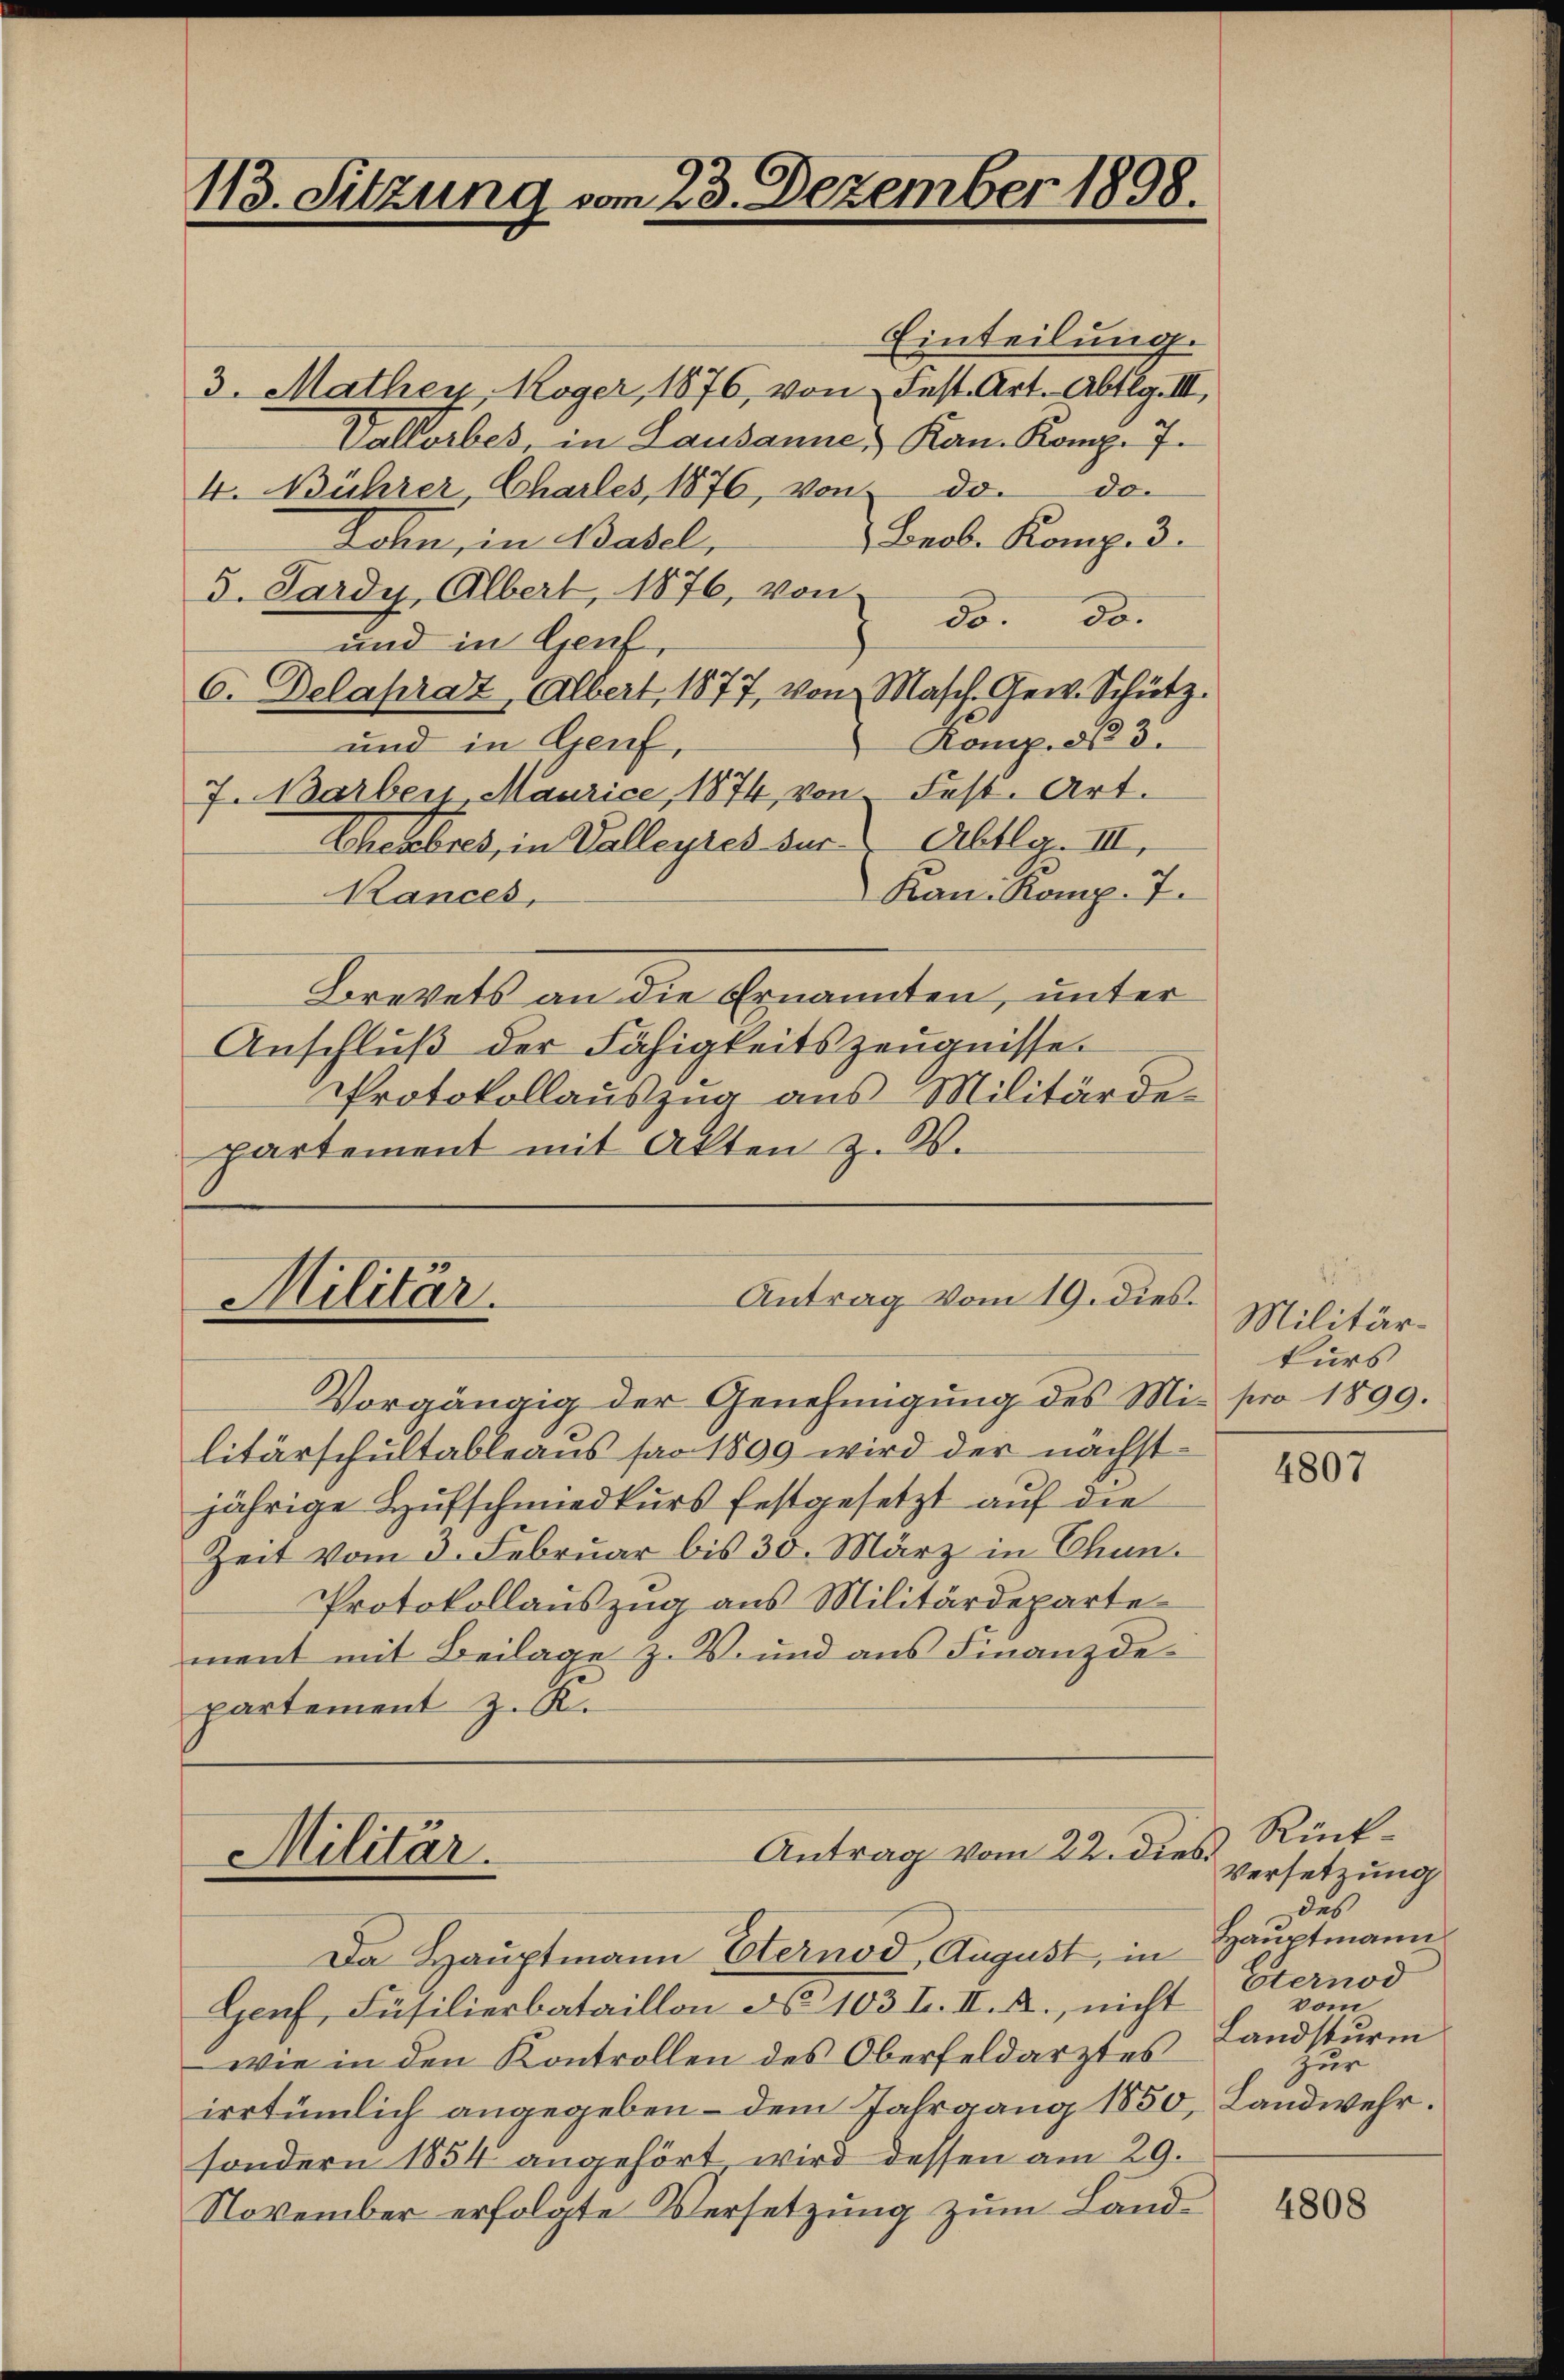
113. Sitzung vom 23. Dezember 1898.

Einteilung.
3. Mathen, Koger, 1876, von Fest. Art. Abtlg. III,
Vallorbes, in Lausanne, Kan- Komp. 7.
4. Bührer, Charles, 1876, von do. de
Brob. Komp. 3.
Lohn, in Basel,
d. Pardy, Albert, 1876, von
do. 30.
und in Genf
6. Delapraz, Albert, 1877, von Masch. Gew. Schütz.
Komp. § 3.
und in Genf,
7. arber Maurice, 1874, von Fest. Art.
Abtlg. III.
Chebbes, in Valleyres sur
Kan. Komp. 7.
Kances,
Brevets an die Ernannten, unter
Anschluß der Fähigkeitszeugnisse
Protokollauszug aus Militärdepartement mit Akten z. Z.

Antrag vom 19. dies.
Militär.

Antrag vom 22. Dieb
Militär.
Da Hauptmann Esternod, August, in Hauptmann

Vorgängig der Genehmigung des Mi- pro 1899.
litärschultableaus pro 1809 wird der nächst-
jährige Hufschmiedkurs festgesetzt auf die
Zeit vom 3. Februar bis 30. März in Chun.
Protokollauszug aus Militärdeparte
ment mit Beilage z. V. und aus Finanzdepartement z. K.

Militärkurs

Genf, Füsilierbataillon ds 103 f. II. A., nicht
wie in den Kontrollen des Oberfeldarztes
irrtümlich angegeben – dem Jahrgang 1850, Landwehr.
sondern 1854 angehört, wird dessen am 29.
November erfolgte Versetzung zum Land¬

4807

Rück
Versetzung
des
Eternod
vom
Landsturm
Zur

4808